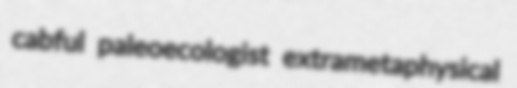
cabful paleoecologist extrametaphysical